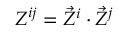
Z ^ { i j } = { \vec { Z } } ^ { i } \cdot { \vec { Z } } ^ { j }